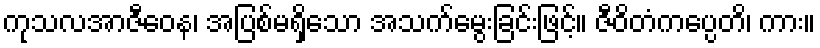
ကုသလအာဇီဝေန၊ အပြစ်မရှိသော အသက်မွေးခြင်းဖြင့်။ ဇီဝိတံကပ္ပေတိ၊ ကား။